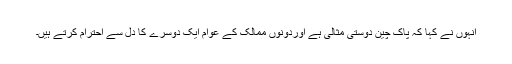
انہوں نے کہا کہ پاک چین دوستی مثالی ہے اوردونوں ممالک کے عوام ایک دوسرے کا دل سے احترام کرتے ہیں۔